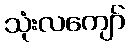
သုံးလကျော်